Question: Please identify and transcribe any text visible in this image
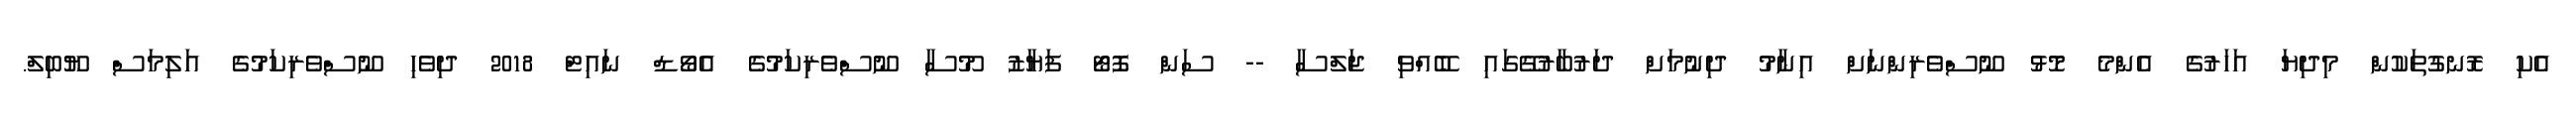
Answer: އެކި ރޮނގުތަކުން މިދިޔަ އަހަރުގެ އެންމެ މޮޅު ނޫސްވެރިންނަށް އިނާމު ދިނުމަށް ދަރުބާރުގޭގައި ބޭއްވި ޖަލްސާ -- ސަން ފޮޓޯ ފަޔާޒު މޫސާ ނޫސްވެރިކަމުގެ އެވޯޑް ނައިޓް 2018 ދިވެހި ނޫސްވެރިކަމުގެ އަލިމަސް ޔޫބިލް.